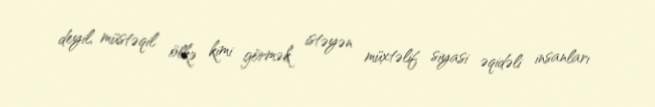
deyil, müstəqil ölkə kimi görmək istəyən müxtəlif siyasi əqidəli insanları